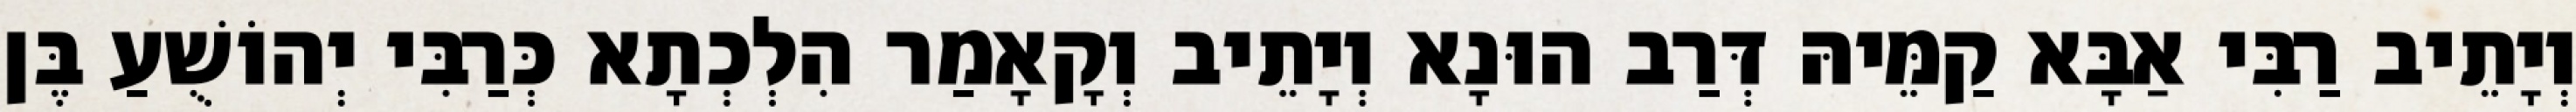
וְיָתֵיב רַבִּי אַבָּא קַמֵּיהּ דְּרַב הוּנָא וְיָתֵיב וְקָאָמַר הִלְכְתָא כְּרַבִּי יְהוֹשֻׁעַ בֶּן